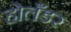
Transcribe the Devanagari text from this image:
होलँडर